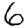
Digit: 6